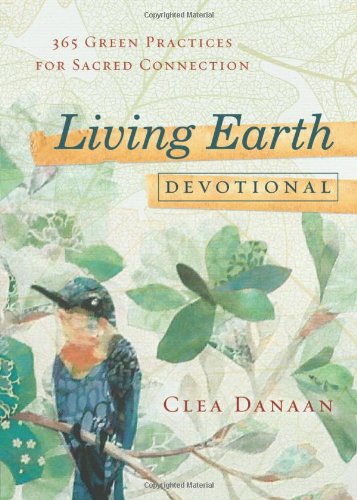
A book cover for Living Earth Devotional: 365 Green Practices for Sacred Connection; Clea Danaan; Religion & Spirituality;